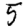
Digit: 5